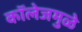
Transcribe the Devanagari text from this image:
कॉलेजमुळे